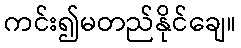
ကင်း၍မတည်နိုင်ချေ။